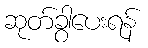
ဆုတ်ခွာပေးရန်